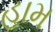
હામ